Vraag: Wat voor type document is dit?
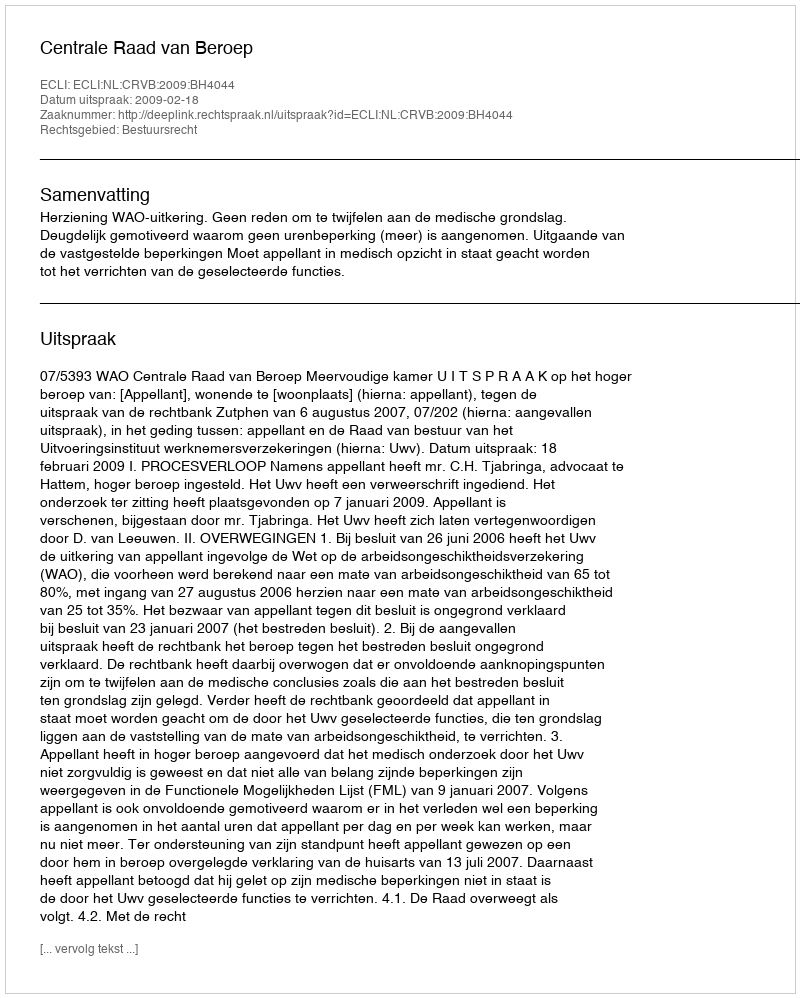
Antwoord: Uitspraak